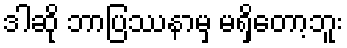
ဒါဆို ဘာပြဿနာမှ မရှိတော့ဘူး